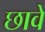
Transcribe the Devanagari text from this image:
छावें